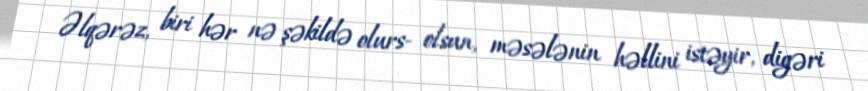
Əlqərəz, biri hər nə şəkildə olurs- olsun, məsələnin həllini istəyir, digəri